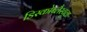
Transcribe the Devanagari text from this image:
डिस्कोब्लैस्चुला